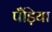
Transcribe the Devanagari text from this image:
पँड़िया